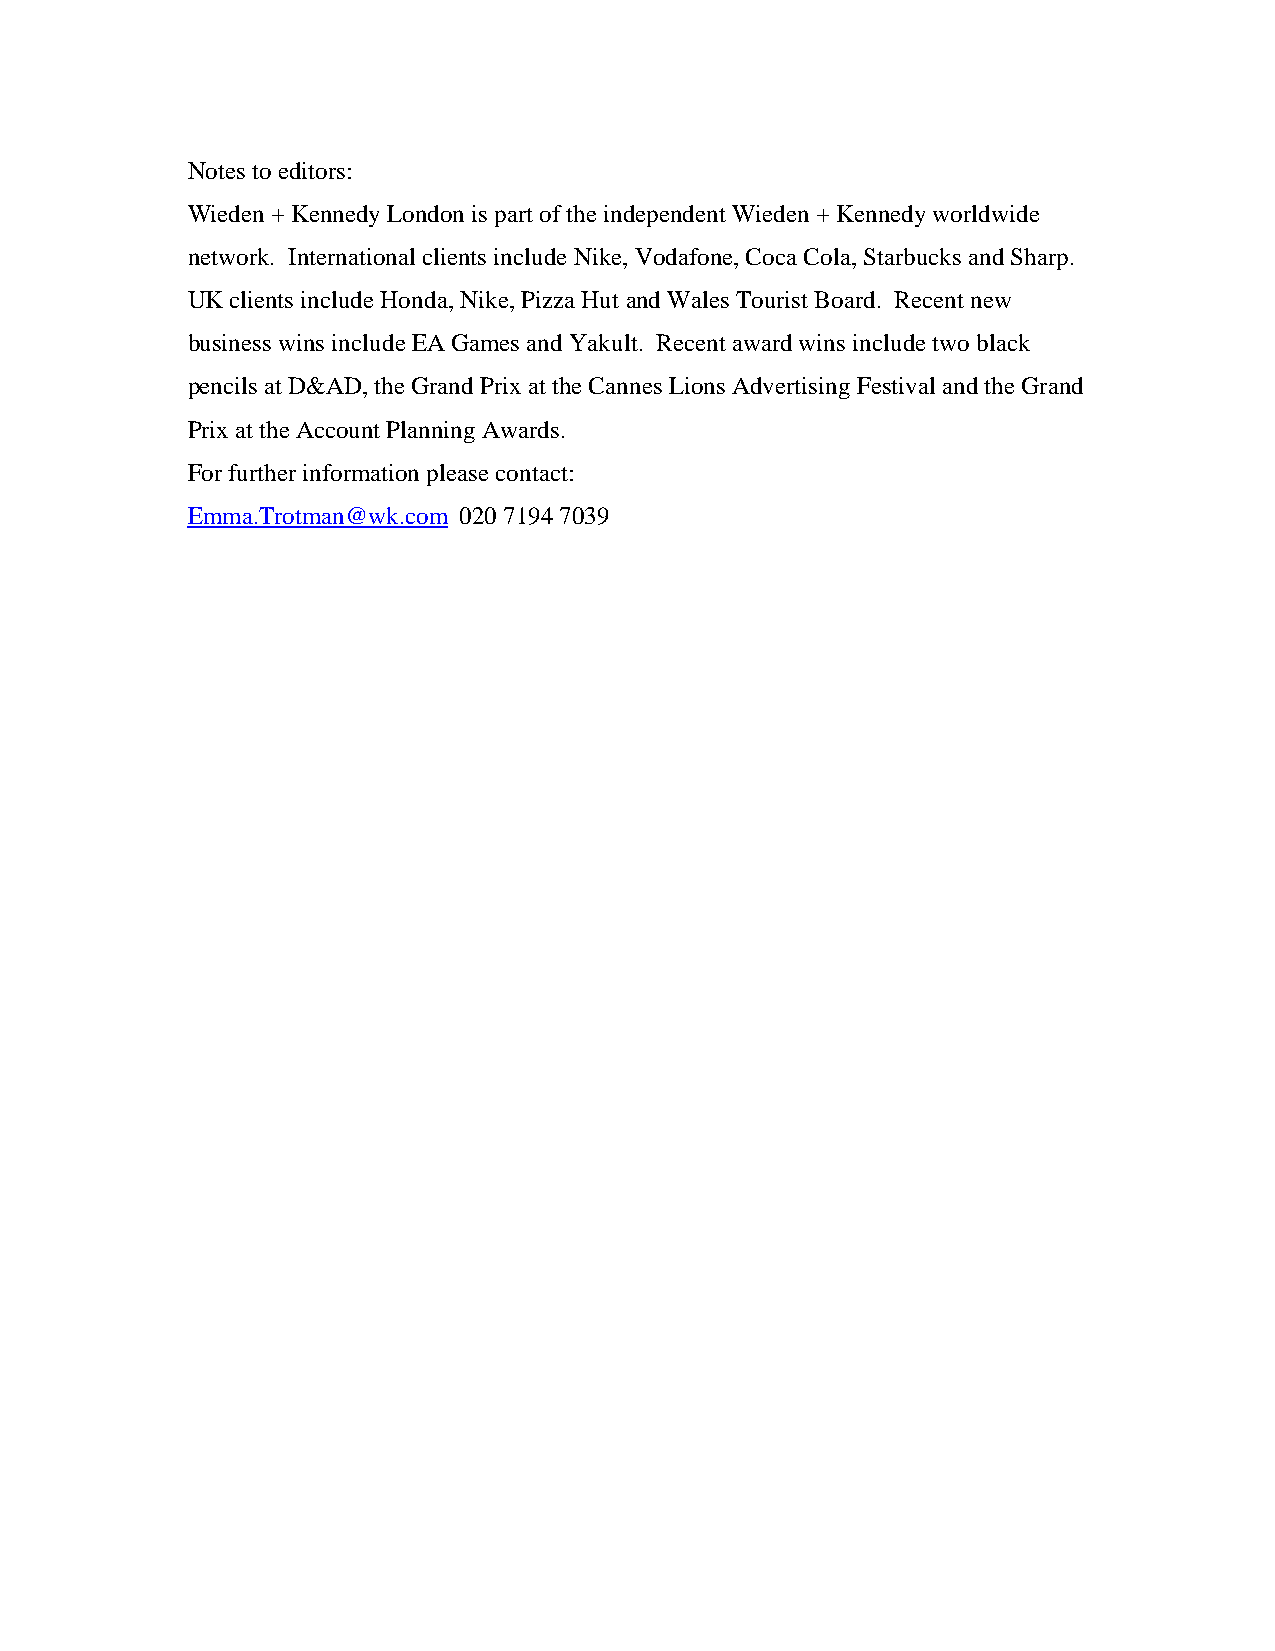
Notes to editors:
 Wieden + Kennedy London is part of the independent Wieden + Kennedy worldwide
 network. International clients include Nike, Vodafone, Coca Cola, Starbucks and Sharp.
 UK clients include Honda, Nike, Pizza Hut and Wales Tourist Board. Recent new
 business wins include EA Games and Yakult. Recent award wins include two black
 pencils at D&AD, the Grand Prix at the Cannes Lions Advertising Festival and the Grand
 Prix at the Account Planning Awards.
 For further information please contact:
 Emma.Trotman@wk.com 020 7194 7039